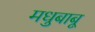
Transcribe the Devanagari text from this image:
मधुबाबू